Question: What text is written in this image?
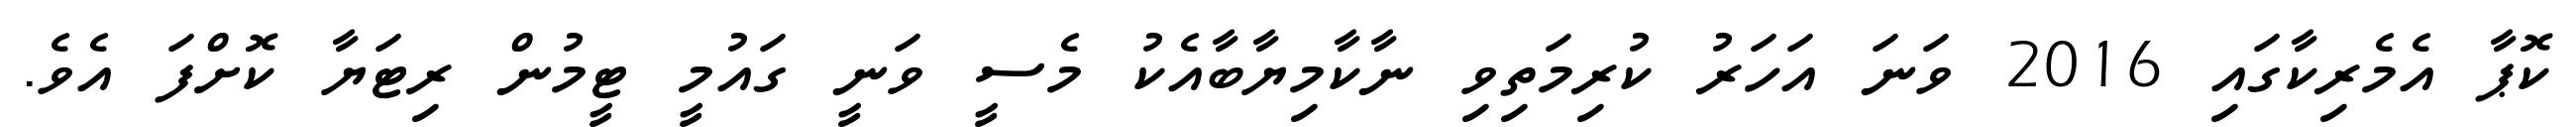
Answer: ކޮޕާ އެމެރިކާގައި 2016 ވަނަ އަހަރު ކުރިމަތިވި ނާކާމިޔާބާއެކު މެސީ ވަނީ ގައުމީ ޓީމުން ރިޓަޔާ ކޮށްފަ އެވެ.